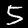
Digit: 5